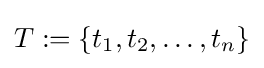
T:=\{t_{1},t_{2},\ldots ,t_{n}\}